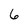
Character: 6